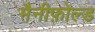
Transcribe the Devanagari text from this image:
मैनीफ़ोल्ड